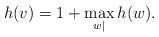
LaTeX: \begin{align*}h(v)=1+\max_{w|}{h(w)}.\end{align*}